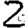
Digit: 2